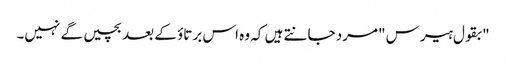
"بقول ہیرس "مرد جانتے ہیں کہ وہ اس برتاؤ کے بعد بچیں گے نہیں۔